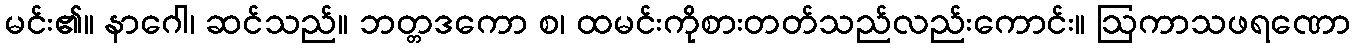
မင်း၏။ နာဂေါ၊ ဆင်သည်။ ဘတ္တဒကော စ၊ ထမင်းကိုစားတတ်သည်လည်းကောင်း။ ဩကာသဖရဏော